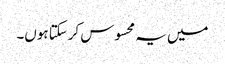
میں یہ محسوس کرسکتا ہوں۔